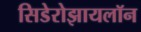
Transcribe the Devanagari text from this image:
सिडेरोझायलॉन